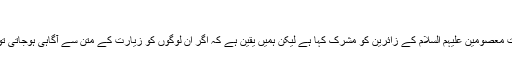
قبروں کی زیارت میں شرک کا توہم :
بارہا ایسا ہوا ہے کہ بعض ناآگاہ لوگوں نے حضرات معصومین علیہم السلام کے زائرین کو مشرک کہا ہے لیکن ہمیں یقین ہے کہ اگر ان لوگوں کو زیارت کے متن سے آگاہی ہوجاتی تو ہرگز ایسے الفاظ اپنی زبان سے جاری نہ کرتے ۔